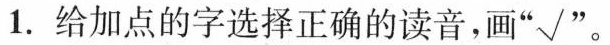
1.给加点的字选择正确的读音，画”√”。